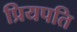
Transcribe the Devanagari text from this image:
प्रियपति